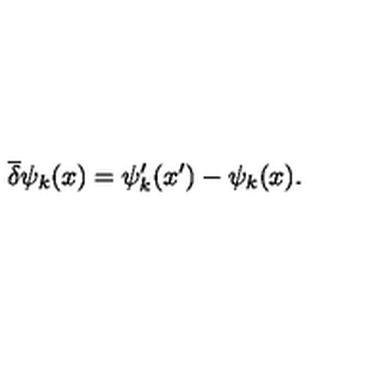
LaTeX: \overline { { \delta } } \psi _ { k } ( x ) = \psi _ { k } ^ { \prime } ( x ^ { \prime } ) - \psi _ { k } ( x ) .